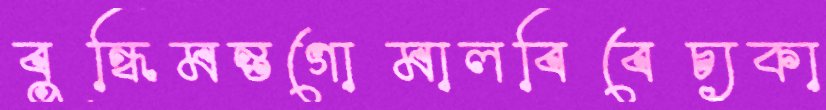
বুন্ধিমন্তগোমালবিবেচ্যকা